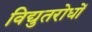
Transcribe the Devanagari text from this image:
विद्युतरोधों